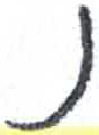
אות: נ